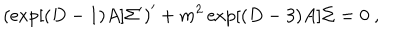
LaTeX: \left( \exp [ ( D - 1 ) A ] \Sigma ^ { \prime } \right) ^ { \prime } + m ^ { 2 } \exp [ ( D - 3 ) A ] \Sigma = 0 ~ ,